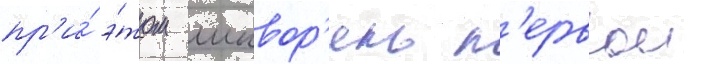
пр'и́ э́том шквор'ень п'ервои